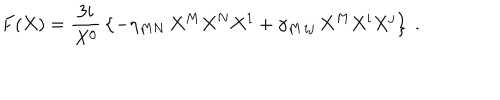
F ( X ) = { \frac { 3 i } { X ^ { 0 } } } \left\{ - \eta _ { M N } \, X ^ { M } X ^ { N } X ^ { 1 } + \gamma _ { M \, i j } \, X ^ { M } X ^ { i } X ^ { j } \right\} \ .